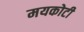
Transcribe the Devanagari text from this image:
मयकोटी